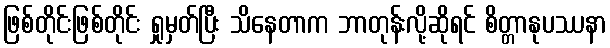
ဖြစ်တိုင်းဖြစ်တိုင်း ရှုမှတ်ပြီး သိနေတာက ဘာတုန်းလို့ဆိုရင် စိတ္တာနုပဿနာ